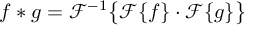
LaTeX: f * g = { \mathcal { F } } ^ { - 1 } { \big \{ } { \mathcal { F } } \{ f \} \cdot { \mathcal { F } } \{ g \} { \big \} }